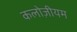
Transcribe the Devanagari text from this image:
कलोज़ीयम